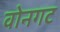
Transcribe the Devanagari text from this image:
वोनगट